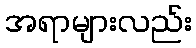
အရာများလည်း